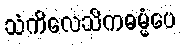
သံကိလေသိကဓမ္မံပေ